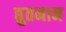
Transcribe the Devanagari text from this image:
द्युतमान